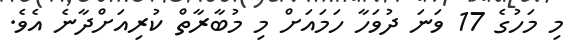
މި މަހުގެ 17 ވަނަ ދުވަހާ ހަމައަށް މި މުބާރާތް ކުރިއަށްދާނެ އެވެ.